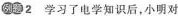
例题 2 学习了电学知识后，小明对